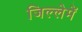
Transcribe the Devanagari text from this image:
जिल्लेमें